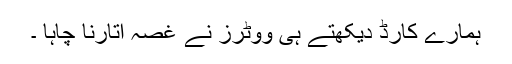
ہمارے کارڈ دیکھتے ہی ووٹرز نے غصہ اتارنا چاہا ۔